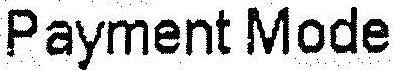
PAYMENT MODE